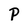
Character: P